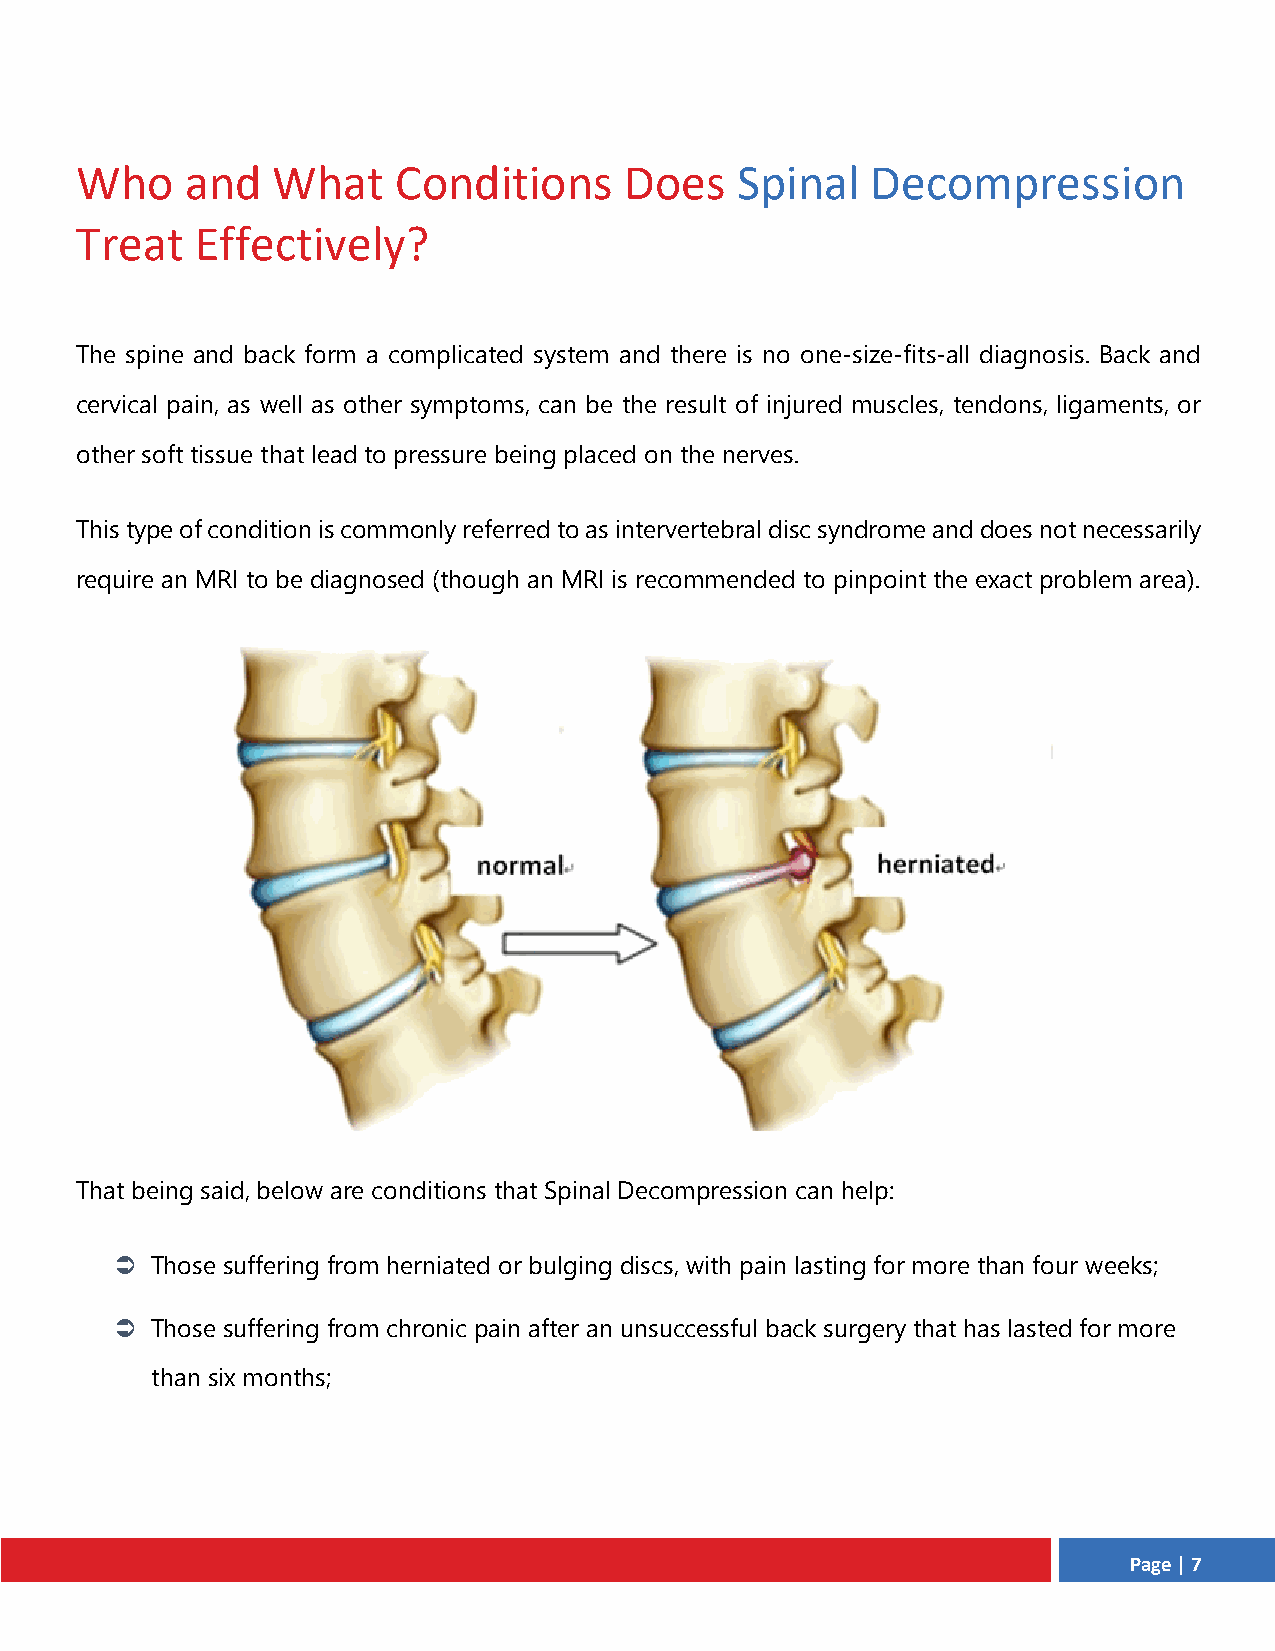
Who    and   What    Conditions     Does    Spinal   Decompression
 Treat   Effectively?
 The spine and back form a complicated system and there is no one-size-fits-all diagnosis. Back and
 cervical pain, as well as other symptoms, can be the result of injured muscles, tendons, ligaments, or
 other soft tissue that lead to pressure being placed on the nerves.
 This type of condition is commonly referred to as intervertebral disc syndrome and does not necessarily
 require an MRI to be diagnosed (though an MRI is recommended to pinpoint the exact problem area).
 That being said, below are conditions that Spinal Decompression can help:
 Ü Those suffering from herniated or bulging discs, with pain lasting for more than four weeks;
 Ü Those suffering from chronic pain after an unsuccessful back surgery that has lasted for more
 than six months;
 Page | 7